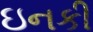
ઇનકી